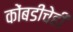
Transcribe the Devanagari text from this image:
कोंबडीचेही